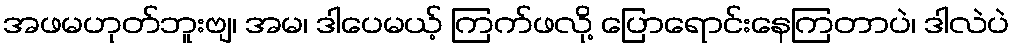
အဖမဟုတ်ဘူးဗျ၊ အမ၊ ဒါပေမယ့် ကြက်ဖလို့ ပြောရောင်းနေကြတာပဲ၊ ဒါလဲပဲ